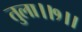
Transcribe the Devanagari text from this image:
तुला।।१।।